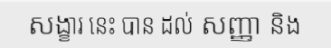
សង្ខារ នេះ បាន ដល់ សញ្ញា និង